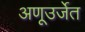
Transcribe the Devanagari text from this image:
अणूउर्जेत